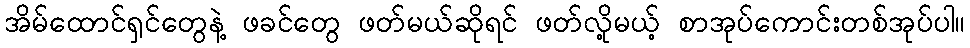
အိမ်ထောင်ရှင်တွေနဲ့ ဖခင်တွေ ဖတ်မယ်ဆိုရင် ဖတ်လို့မယ့် စာအုပ်ကောင်းတစ်အုပ်ပါ။